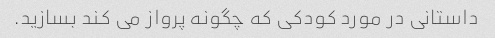
داستانی در مورد کودکی که چگونه پرواز می کند بسازید.